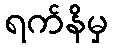
ရက်နိမှ